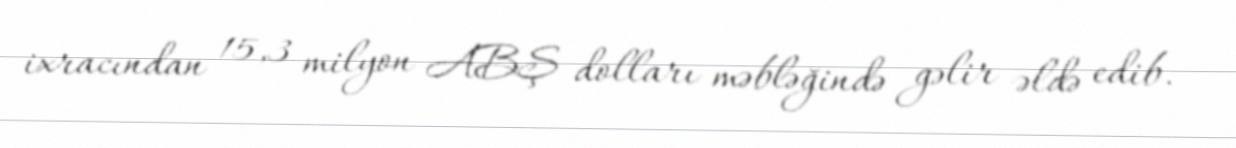
ixracından 15,3 milyon ABŞ dolları məbləğində gəlir əldə edib.